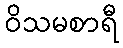
ဝိသမစာရီ